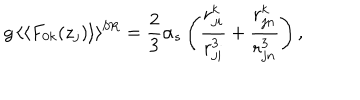
LaTeX: g \, \langle \langle F _ { 0 k } ( z _ { j } ) \rangle \rangle ^ { \mathrm { S R } } = \frac { 2 } { 3 } \alpha _ { s } \left( \frac { r _ { j i } ^ { k } } { r _ { j i } ^ { 3 } } + \frac { r _ { j n } ^ { k } } { r _ { j n } ^ { 3 } } \right) ,